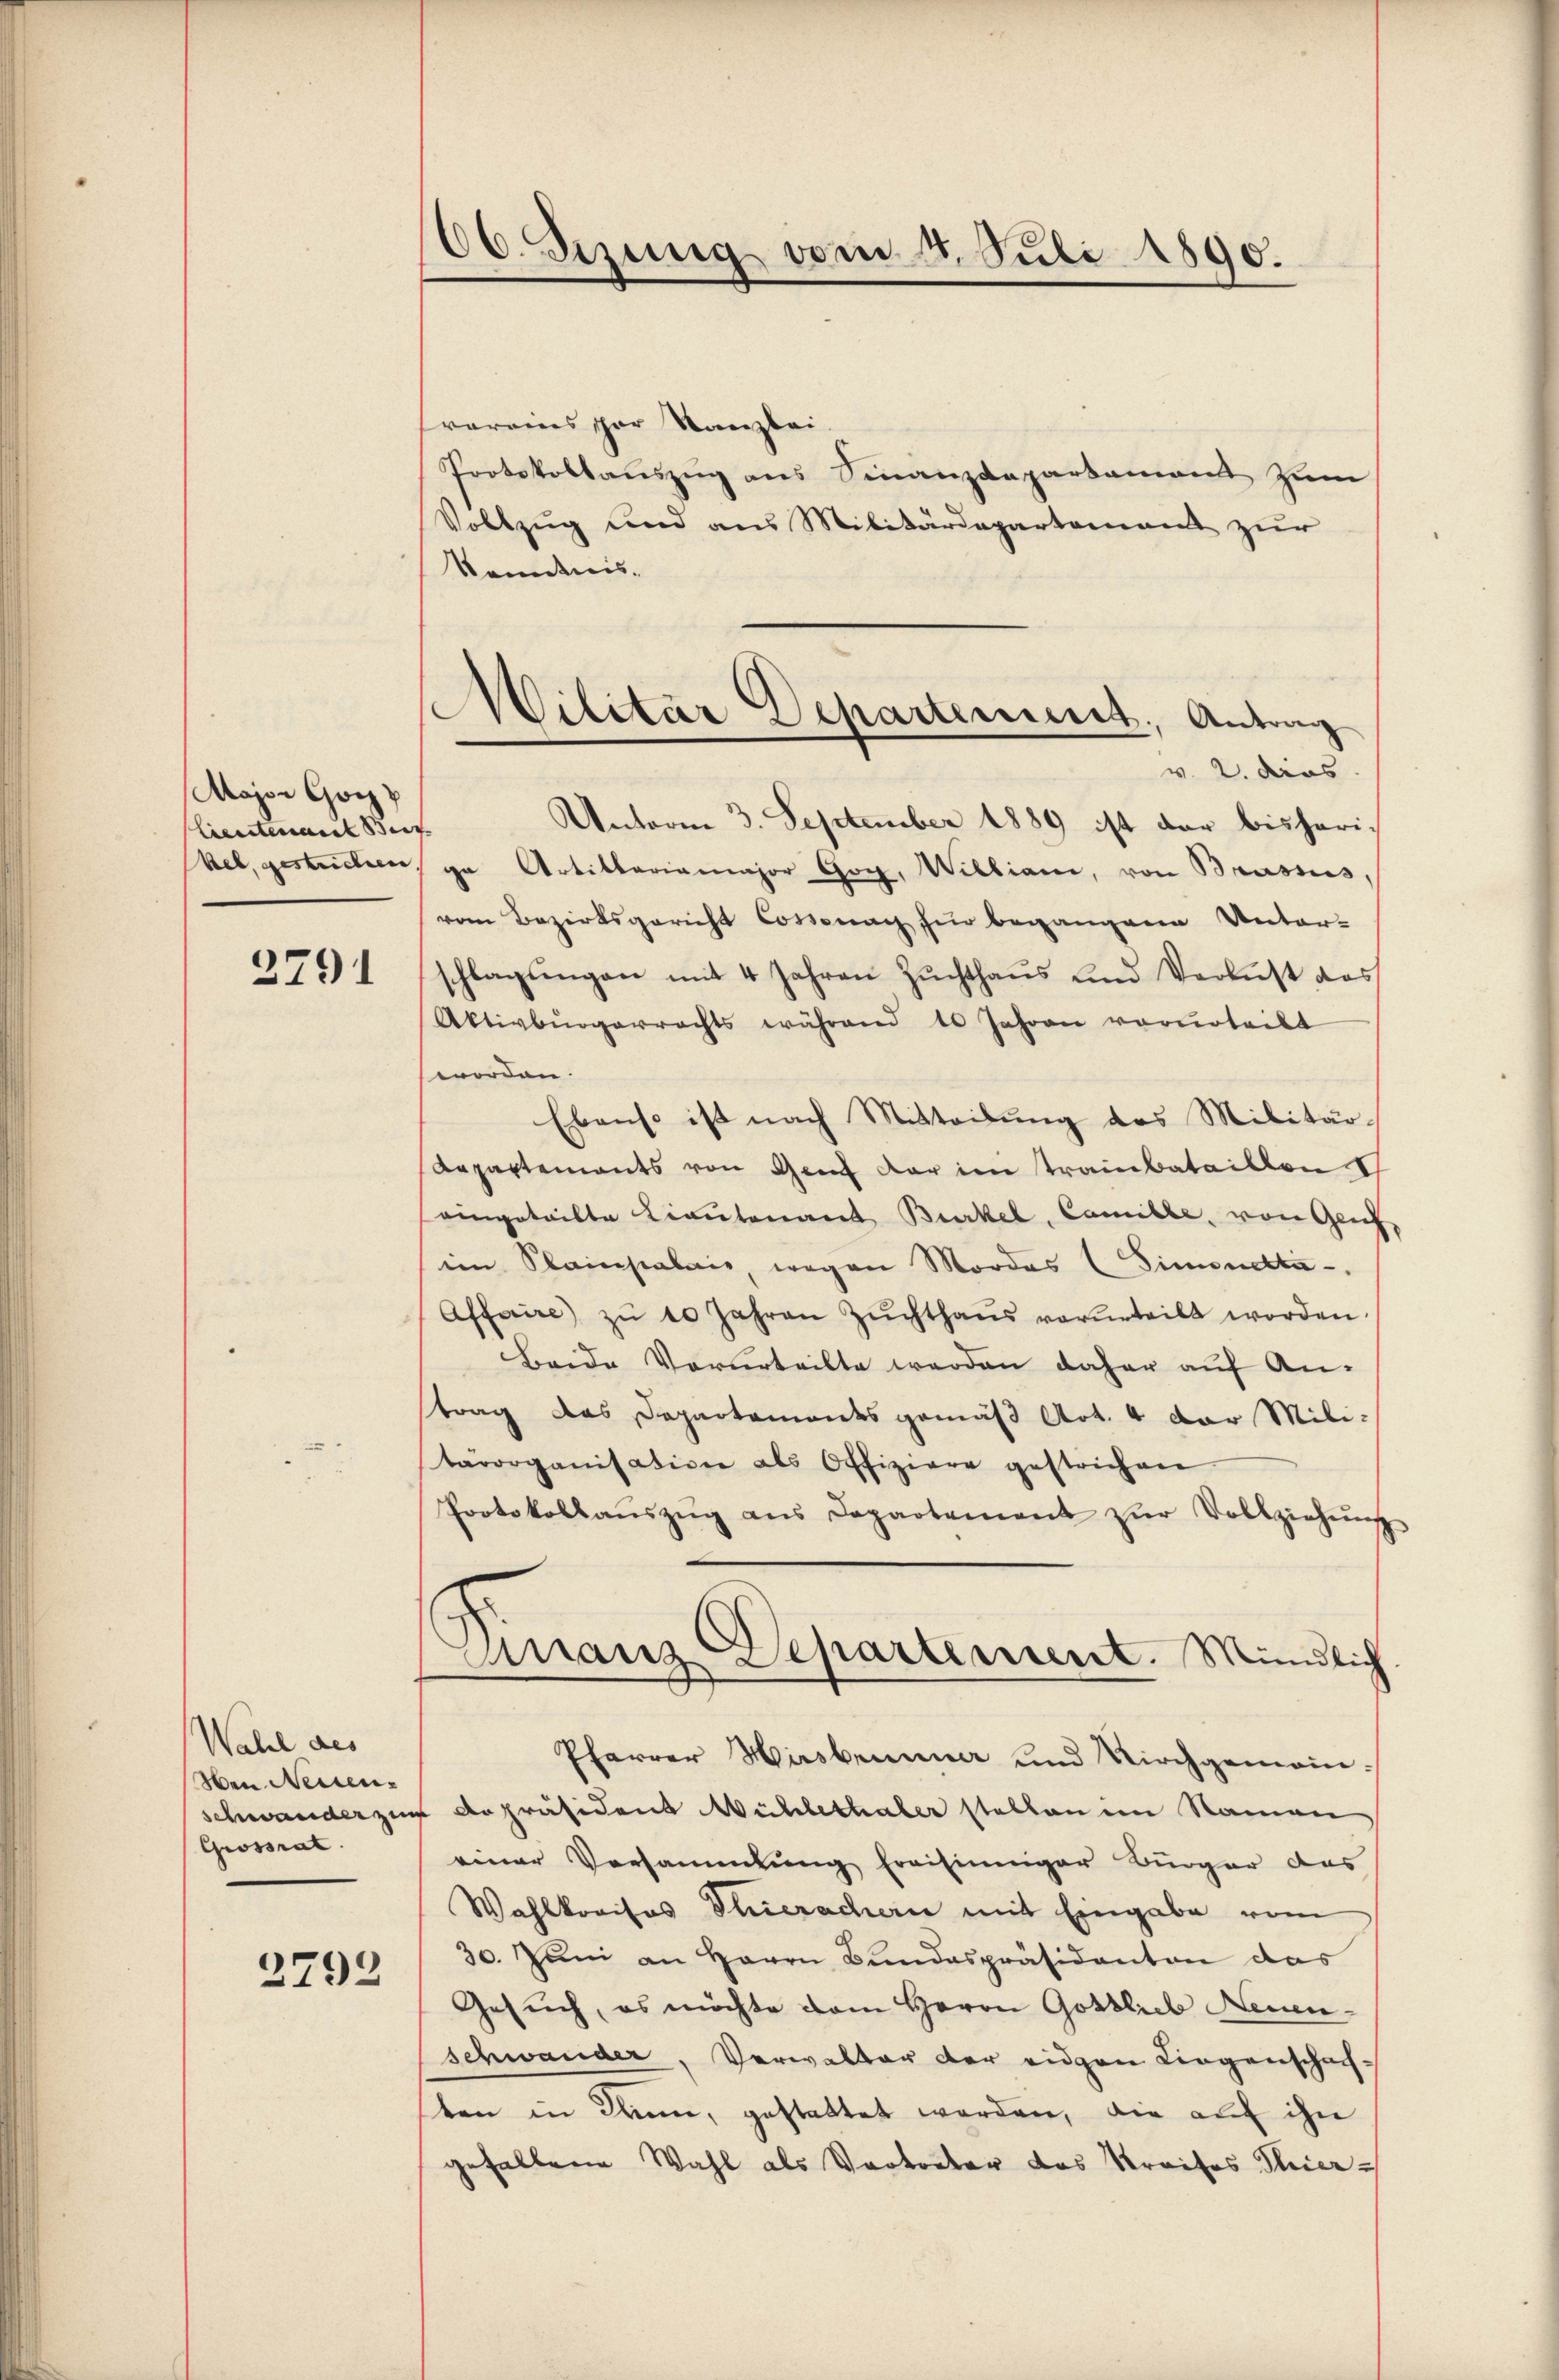
Major Gotz
Lieutenant Beit
Bel, gestrichten.

2791

Wahl des
Nen Neiden.
schwander zum
Grossrat

2798

06. Sizung vom 4. Juli 1890.

Militar Departement. Antrag
v. 2. dies

vereins schon Stanzlei
Protokollauszug aus Finanzdeparkannt zum
Vollzug und aus Militärdepartement zur
kenntnis.
Unterm 3. September 1889 ist der bisherige Artillariamajor Gog, Williani, von Brassens,
vom Bezirksgericht Cossonach für begangene Unter-
schlagungen mit 4 Jahren Zuchthaus und Verlust das
Aktivbürgerrechts während 10 Jahren vorurteilt
worden.
Ebenso ist nach Mitteilung des Militär-
Repartements von Genf der im Trainbataillon Ih
eingeteilte Cantonant Burkel, Camille, von Glich
ein Stainpalais, wegen Mordes (Simoneta-
Affaire zŭ 10 Jahren Zŭchthaŭs verurteilt worden.
Beide Vorurteilte werden daher auf An-
trag das Departements gemäß Art. 4 der Militärorganisation als Offiziere gestrichen
Protokollaŭszŭg ans Departement zŭr Vollziehŭng
Franz Departement. Mündlich.
Pfarrer Hirsbrunner und Kirchgemein¬
 depräsident Wichlethaler stellen im Namen
einer Vorsammlung freisinniger Bürger das
Wahlkreisos Thierachen mit Eingabe vom
30. Juni an Herrn Bundespräsidenten das
Gesuch, es möchte dem Herrn Gottlieb Neuenschwander, Verwalter der eiden Liegenschach-
ten in Kinn, gestattet werden, die auf ihn
gehaltene Wahl als Vortreter das Streifes Thier¬